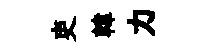
吏韓力